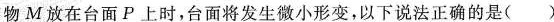
物M放在台面P上时，台面将发生微小形变，以下说法正确的是( )